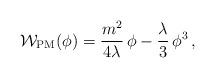
LaTeX: \begin{align*}{\cal W}_{\rm PM}(\phi ) =\frac{m^2}{4\lambda}\,\phi-\frac{\lambda}{3}\,\phi^3\,,\end{align*}